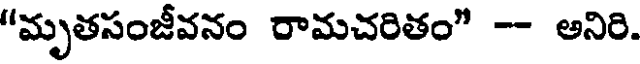
"మృతసంజీవనం రామచరితం" -- అనిరి.